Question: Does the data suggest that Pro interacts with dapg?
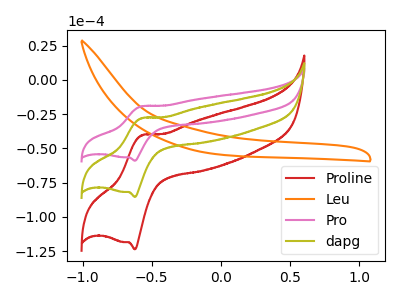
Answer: <think>The red curve "Proline" has an anodic peak at (-0.60V, -56.05uA) and a cathodic peak at (-0.60V, -170.85uA). The orange curve "Leu" has no peaks. The pink curve "Pro" has an anodic peak at (-0.60V, -19.35uA) and a cathodic peak at (-0.60V, -59.00uA). The olive curve "dapg" has an anodic peak at (-0.60V, -28.05uA) and a cathodic peak at (-0.60V, -85.45uA).
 All the peaks in "Pro" have a peak in "dapg" at the same potential.</think>
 <answer>No, "Pro" and "dapg" don't appear to be significantly different in shape</answer>
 <eval>no_change</eval>